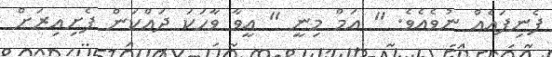
ފެނިފައެއް ނުވެއެވެ. " އަމް މިނީ " އީވާ ވާހަކަ ދައްކަން ފެށިއިރަށް